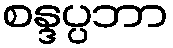
စန္ဒပ္ပဘာ